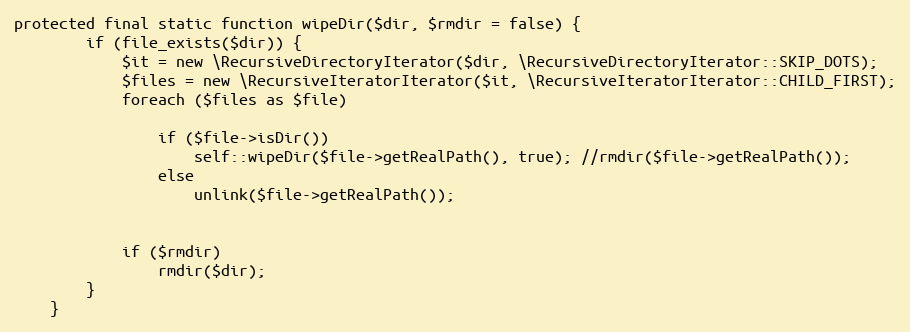
Language: PHP
protected final static function wipeDir($dir, $rmdir = false) {
		if (file_exists($dir)) {
			$it = new \RecursiveDirectoryIterator($dir, \RecursiveDirectoryIterator::SKIP_DOTS);
			$files = new \RecursiveIteratorIterator($it, \RecursiveIteratorIterator::CHILD_FIRST);
			foreach ($files as $file)

				if ($file->isDir())
					self::wipeDir($file->getRealPath(), true); //rmdir($file->getRealPath());
				else
					unlink($file->getRealPath());

			if ($rmdir)
				rmdir($dir);
		}
	}